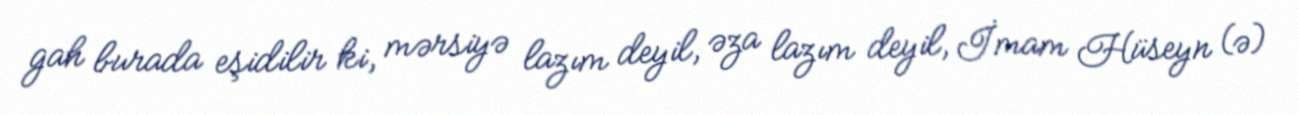
gah burada eşidilir ki, mərsiyə lazım deyil, əza lazım deyil, İmam Hüseyn (ə)